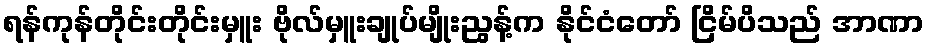
ရန်ကုန်တိုင်းတိုင်းမှူး ဗိုလ်မှူးချုပ်မျိုးညွန့်က နိုင်ငံတော် ငြိမ်ပိသည် အာဏာ